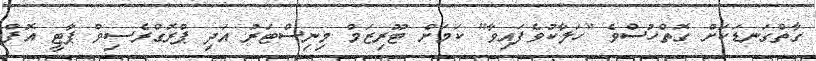
ގާތްގަނޑަކަށް ގޮތްހުސްވެ "ހަލާކުވެފައިވާ" ކަމަށް ޓޫރިޒަމް މިނިސްޓަރު އަދި ޕްރޮގްރެސިވް ޕާޓީ އޮފް